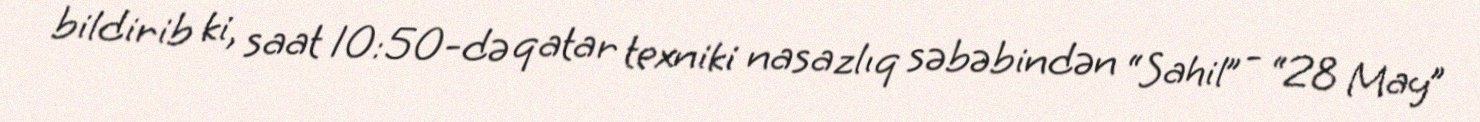
bildirib ki, saat 10:50-də qatar texniki nasazlıq səbəbindən “Sahil” - “28 May”